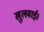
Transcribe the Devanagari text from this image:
खुलवाई।